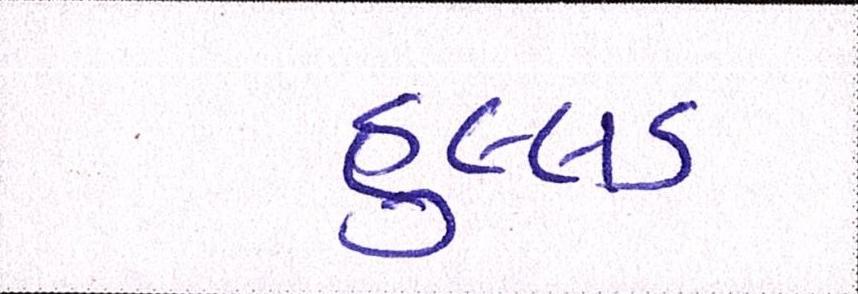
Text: હુલ્લડ